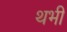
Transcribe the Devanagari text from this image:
थभी